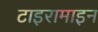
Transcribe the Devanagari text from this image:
टाइरामाइन